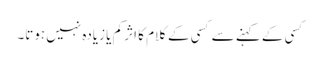
کسی کے کہنے سے کسی کے کلام کا اثر کم یا زیادہ نہیں ہوتا۔